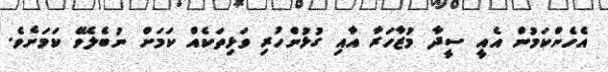
އެހެންކަމުން އެއީ ސީދާ މުޒާހަރާ އާއި ގުޅުންހުރި ވަޅިތަކެއް ކަމަށް ނުބެލެވޭ ކަމަށެވެ.